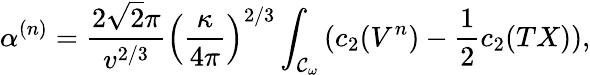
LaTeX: \alpha^{(n)}=\frac{2\sqrt{2}\pi}{v^{2/3}}\left(\frac{\kappa}{4\pi}\right)^{2/3}\int_{{\cal{C}}_{\omega}}{(c_{2}(V^{n})-\frac{1}{2}c_{2}(TX))},